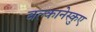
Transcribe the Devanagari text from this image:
बल्कानेस्कुए